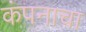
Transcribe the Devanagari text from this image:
कंपनाचा